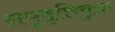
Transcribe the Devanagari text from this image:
लघुवृत्तियुक्त